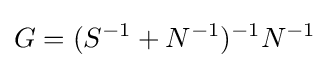
G=(S^{-1}+N^{-1})^{-1}N^{-1}